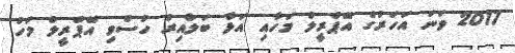
2017 ވަނަ އަހަރުގެ އޭޕްރީލް މަހާއި އަޅާ ބަލާއިރު ހުސްވި އޭޕްރީލް މަހު